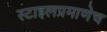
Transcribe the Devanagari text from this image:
स्टाइलप्रमाणेच